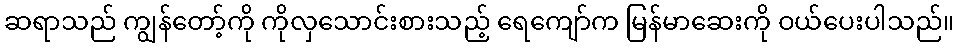
ဆရာသည် ကျွန်တော့်ကို ကိုလှသောင်းစားသည့် ရေကျော်က မြန်မာဆေးကို ဝယ်ပေးပါသည်။